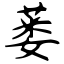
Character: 蒌